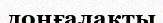
доңғалакты